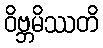
ဝိဗ္ဘမိဿတိ